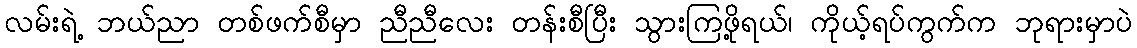
လမ်းရဲ့ ဘယ်ညာ တစ်ဖက်စီမှာ ညီညီလေး တန်းစီပြီး သွားကြဖို့ရယ်၊ ကိုယ့်ရပ်ကွက်က ဘုရားမှာပဲ